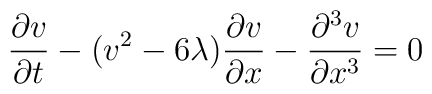
{\partial v \over {\partial t}} - (v^2-6\lambda){\partial v \over {\partial x}} - {\partial^3 v \over {\partial x^3}} = 0